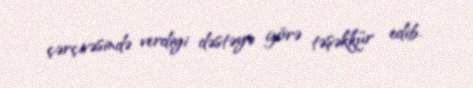
çərçivəsində verdiyi dəstəyə görə təşəkkür edib.